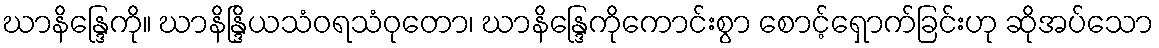
ဃာနိန္ဒြေကို။ ဃာနိန္ဒြိယသံဝရသံဝုတော၊ ဃာနိန္ဒြေကိုကောင်းစွာ စောင့်ရှောက်ခြင်းဟု ဆိုအပ်သော